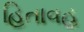
હિતાવહ